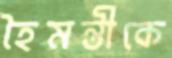
হৈমন্তীকে